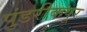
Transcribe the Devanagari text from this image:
पुंडरीकपूर